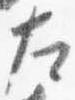
左